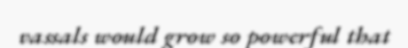
vassals would grow so powerful that